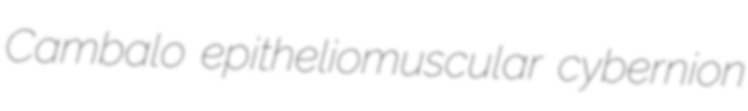
Cambalo epitheliomuscular cybernion